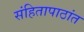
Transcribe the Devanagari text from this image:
संहितापाठांत